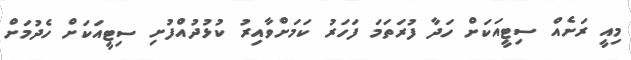
މިއީ ރަށެއް ސިޓީއަކަށް ހަދާ ފުރަތަމަ ފަހަރު ކަމަށްވާއިރު ކުޅުދުއްފުށި ސިޓީއަކަށް ހެދުމަށް